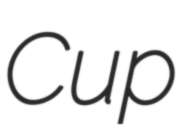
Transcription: Cup